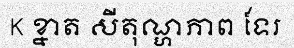
K ខ្នាត សីតុណ្ហភាព ទែរ